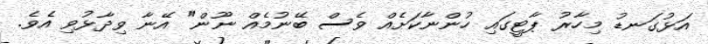
އަޅުގަނޑު މިހާރު ޕާޓީގައި ހުންނާކަށެއް ވެސް ބޭނުމެއް ނޫން" އޭނާ ވިދާޅުވި އެވެ.